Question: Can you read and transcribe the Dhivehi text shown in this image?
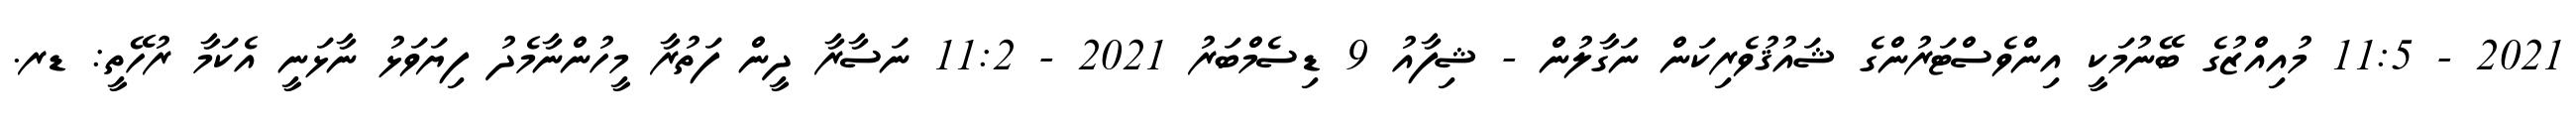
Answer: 2021 - 11:5 މުއިއްޒުގެ ބޭނުމަކީ އިންވެސްޓަރުންގެ ޝައުޤުވެރިކަން ނަގާލުން - ޝިފާއު 9 ޑިސެމްބަރު 2021 - 11:2 ނަސާރާ ދީން ފަތުރާ މީހުންނާމެދު ފިޔަވަޅު ނާޅަނީ އެކަމާ ރުހޭތީ: ޑރ.